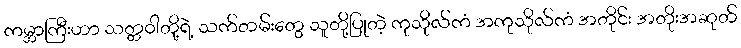
ကမ္ဘာကြီးဟာ သတ္တဝါတို့ရဲ့ သက်တမ်းတွေ သူတို့ပြုတဲ့ ကုသိုလ်ကံ အကုသိုလ်ကံ အတိုင်း အတိုးအဆုတ်